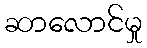
ဆာလောင်မှု